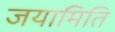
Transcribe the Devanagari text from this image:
जयामिति